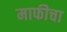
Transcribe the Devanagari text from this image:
माफीचा